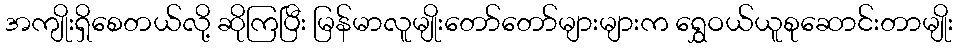
အကျိုးရှိစေတယ်လို့ ဆိုကြပြီး မြန်မာလူမျိုးတော်တော်များများက ရွှေဝယ်ယူစုဆောင်းတာမျိုး